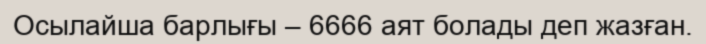
Осылайша барлығы – 6666 аят болады деп жазған.